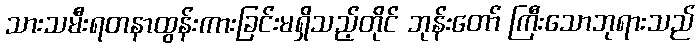
သားသမီးရတနာထွန်းကားခြင်းမရှိသည့်တိုင် ဘုန်းတော် ကြီးသောဘုရားသည်